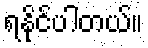
ရနိုင်ပါတယ်။